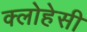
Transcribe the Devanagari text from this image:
क्लोहेसी